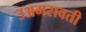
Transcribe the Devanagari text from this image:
उअमरावती